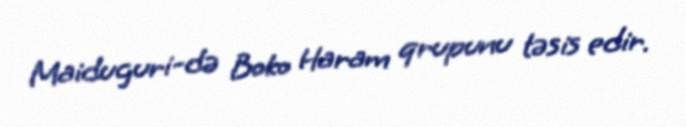
Maiduguri-də Boko Haram qrupunu təsis edir.